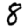
Digit: 8